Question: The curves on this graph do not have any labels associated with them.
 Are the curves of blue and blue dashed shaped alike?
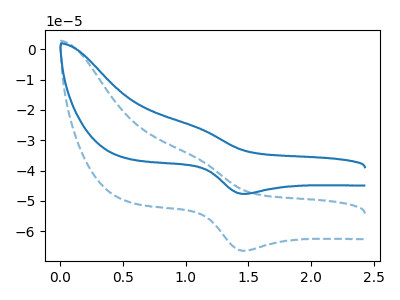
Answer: <think>The blue dashed curve "blue dashed" has an anodic peak at (1.10V, -35.70uA) and a cathodic peak at (1.45V, -66.45uA). The blue curve "blue" has an anodic peak at (1.10V, -25.60uA) and a cathodic peak at (1.45V, -47.70uA).
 All the peaks in "blue" have a peak in "blue dashed" at the same potential.</think>
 <answer>"blue" and "blue dashed" are similar in shape.</answer>
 <eval>same_shape</eval>